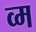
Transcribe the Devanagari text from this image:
व्म